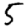
Digit: 5